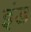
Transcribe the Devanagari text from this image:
इंड